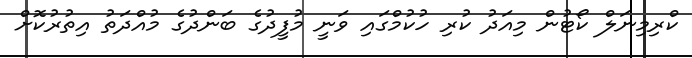
ކްރިމިނަލް ކޯޓުން މިއަދު ކުރި ހުކުމްގައި ވަނީ މުފީދުގެ ބަންދުގެ މުއްދަތު އިތުރުކޮށް